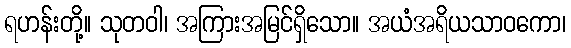
ရဟန်းတို့။ သုတဝါ၊ အကြားအမြင်ရှိသော။ အယံအရိယသာဝကော၊